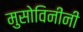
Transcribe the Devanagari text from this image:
मुसोविनींनी